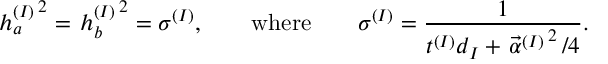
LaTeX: \left. h _ { a } ^ { ( I ) } \right. ^ { 2 } = \left. h _ { b } ^ { ( I ) } \right. ^ { 2 } = \sigma ^ { ( I ) } , \qquad \mathrm { w h e r e } \qquad \sigma ^ { ( I ) } = \frac { 1 } { t ^ { ( I ) } d _ { I } + \left. \vec { \alpha } ^ { ( I ) } \right. ^ { 2 } / 4 } .